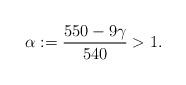
LaTeX: \begin{align*}\alpha := \frac{550-9\gamma}{540} > 1.\end{align*}